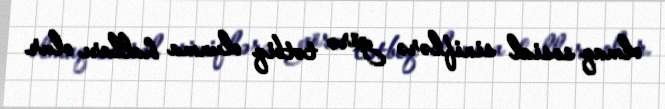
olmaq sosial siniflərə görə tətbiq olunma halları olur.